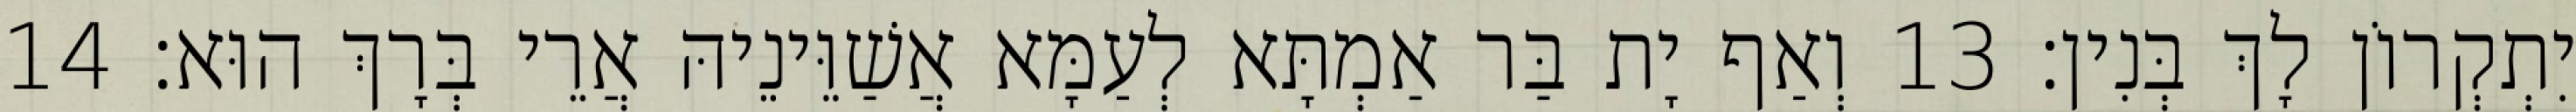
יִתְקְרוֹן לָךְ בְּנִין׃ 13 וְאַף יָת בַּר אַמְתָּא לְעַמָּא אֲשַׁוֵּינֵיהּ אֲרֵי בְּרָךְ הוּא׃ 14